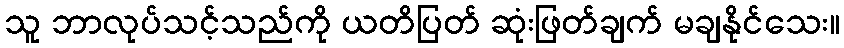
သူ ဘာလုပ်သင့်သည်ကို ယတိပြတ် ဆုံးဖြတ်ချက် မချနိုင်သေး။